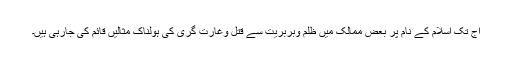
آج تک اسلام کے نام پر بعض ممالک میں ظلم وبربریت سے قتل وغارت گری کی ہولناک مثالیں قائم کی جارہی ہیں۔